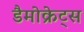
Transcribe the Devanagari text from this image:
डैमोक्रेट्स